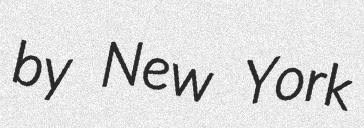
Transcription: by New York